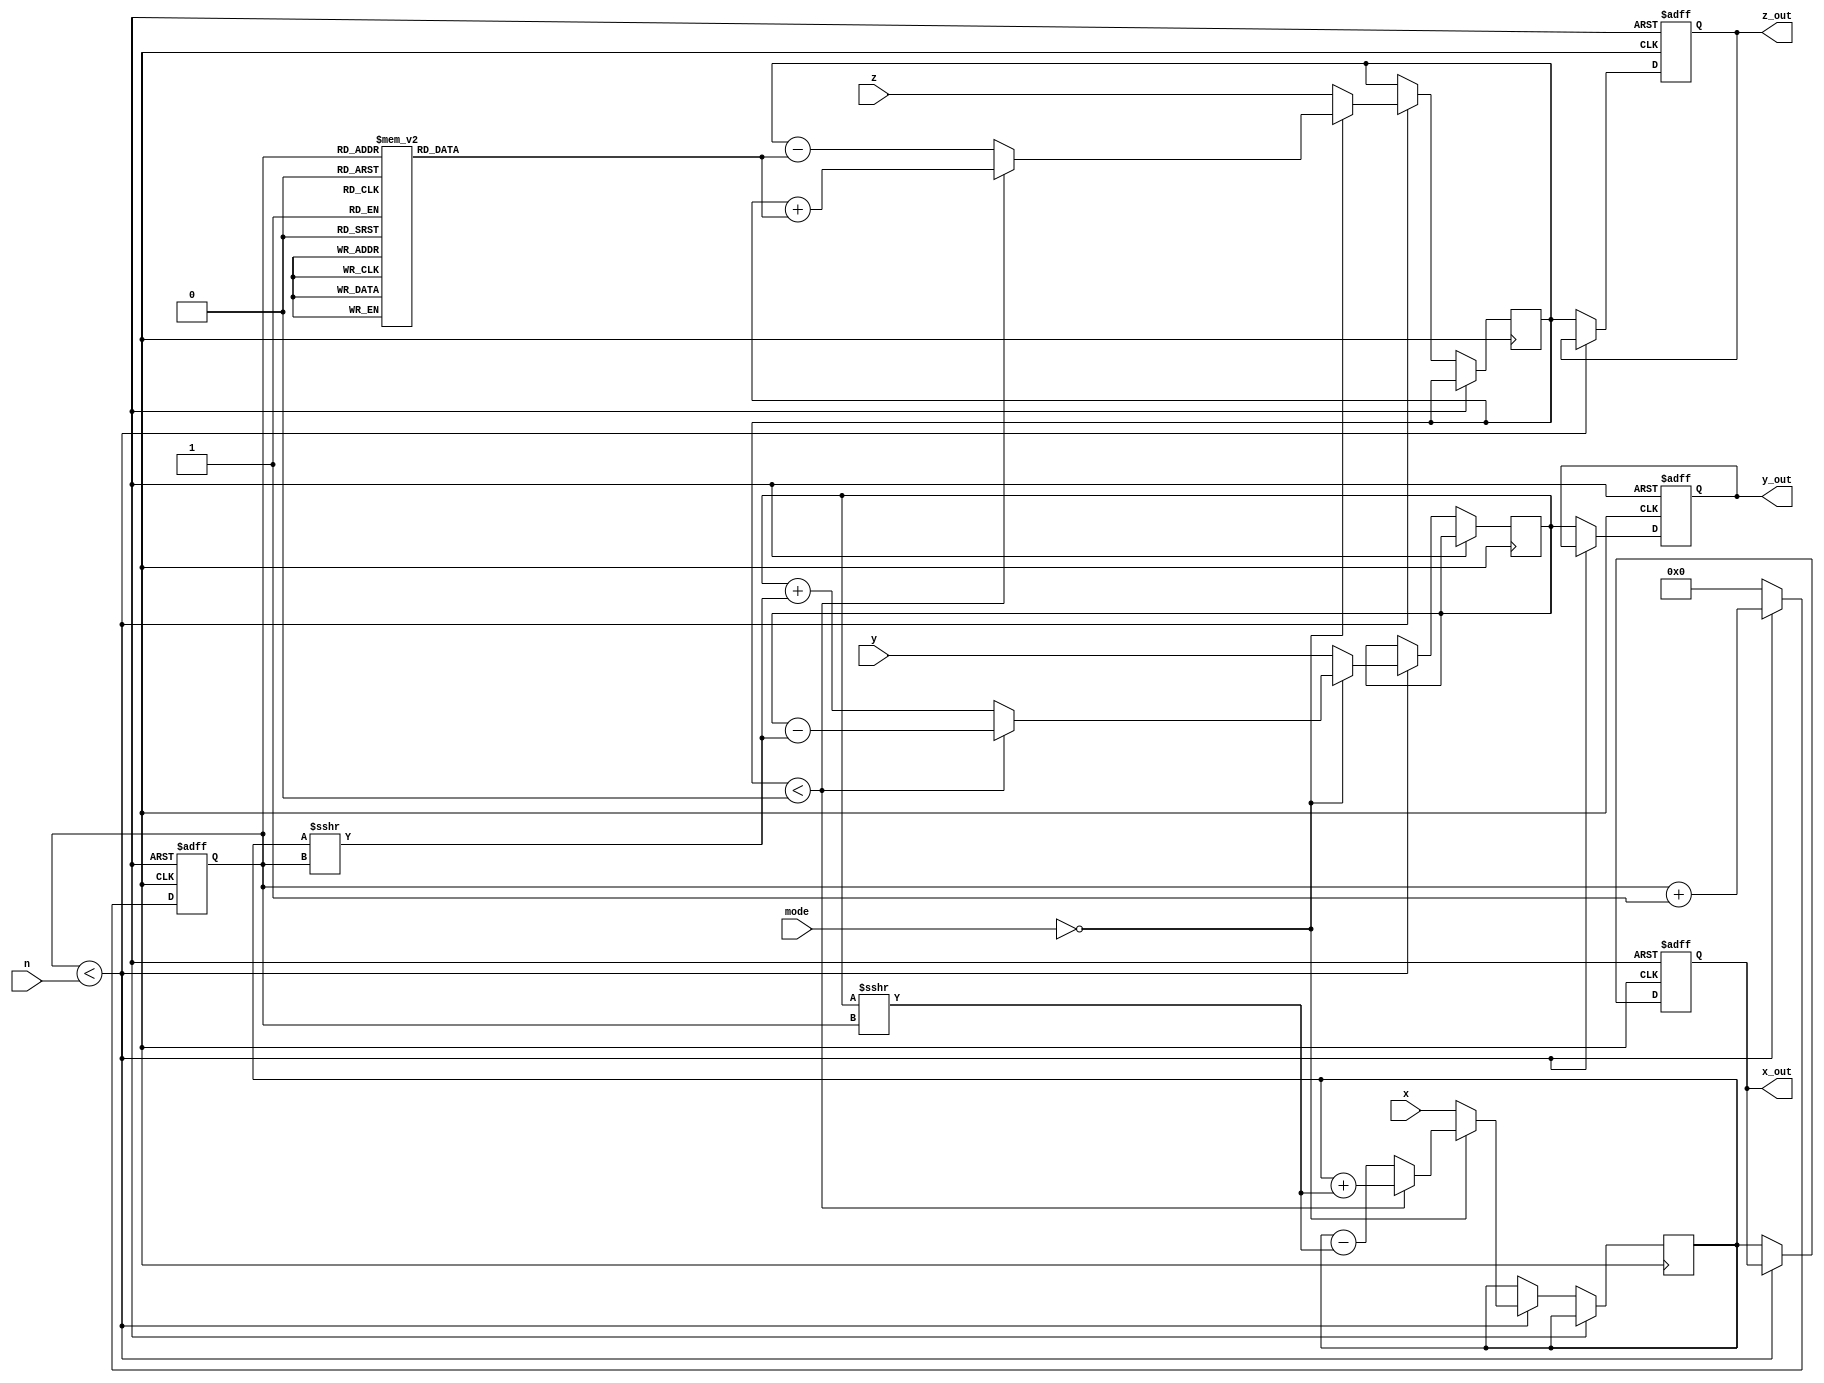
module cordic (
    input wire signed [15:0] x,        // Input x-coordinate
    input wire signed [15:0] y,        // Input y-coordinate
    input wire signed [15:0] z,        // Input angle or hyperbolic input
    input wire [1:0] mode,             // Mode: 00 = rotation, 01 = vectoring
    input wire [3:0] n,                // Number of iterations
    output reg signed [15:0] x_out,    // Output x-coordinate
    output reg signed [15:0] y_out,    // Output y-coordinate
    output reg signed [15:0] z_out      // Output resulting angle
);

    // CORDIC parameters
    reg signed [15:0] angle_lut [0:15]; // Angle lookup table
    reg signed [15:0] x_reg, y_reg, z_reg;
    reg [3:0] i;                         // Iteration counter

    initial begin
        // Initialize angle lookup table for 2D CORDIC (in radians)
        angle_lut[0] = 16'h0000; // 0
        angle_lut[1] = 16'h26DB; // /6
        angle_lut[2] = 16'h32D4; // /4
        angle_lut[3] = 16'h3FF5; // /3
        angle_lut[4] = 16'h4000; // /2
        // ... More angles can be added for higher precision
    end

    always @(posedge clk or posedge rst) begin
        if (rst) begin
            x_out <= 0;
            y_out <= 0;
            z_out <= 0;
            i <= 0;
        end else begin
            if (i < n) begin
                // Store intermediate results
                x_reg <= x;
                y_reg <= y;
                z_reg <= z;

                // CORDIC rotation logic
                if (mode == 2'b00) begin // Rotation mode
                    if (z_reg < 0) begin
                        x_reg <= x_reg + (y_reg >>> i);
                        y_reg <= y_reg - (x_reg >>> i);
                        z_reg <= z_reg + angle_lut[i];
                    end else begin
                        x_reg <= x_reg - (y_reg >>> i);
                        y_reg <= y_reg + (x_reg >>> i);
                        z_reg <= z_reg - angle_lut[i];
                    end
                end else if (mode == 2'b01) begin // Vectoring mode
                    // Vectoring logic can be implemented here
                end

                // Increment iteration counter
                i <= i + 1;
            end else begin
                // Output results after iterations are completed
                x_out <= x_reg;
                y_out <= y_reg;
                z_out <= z_reg;
                i <= 0; // Reset iteration counter
            end
        end
    end
endmodule